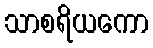
သာစရိယကော